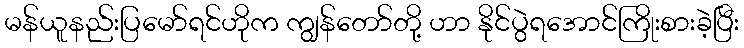
မန်ယူနည်းပြမော်ရင်ဟိုက ကျွန်တော်တို့ ဟာ နိုင်ပွဲရအောင်ကြိုးစားခဲ့ပြီး